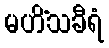
မဟိံသခီရံ